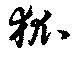
狐